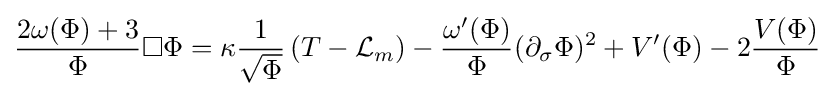
{\frac {2\omega (\Phi )+3}{\Phi }}\Box \Phi =\kappa {\frac {1}{\sqrt {\Phi }}}\left(T-{\mathcal {L}}_{m}\right)-{\frac {\omega '(\Phi )}{\Phi }}(\partial _{\sigma }\Phi )^{2}+V'(\Phi )-2{\frac {V(\Phi )}{\Phi }}